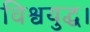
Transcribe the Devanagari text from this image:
विश्वयुद्ध।